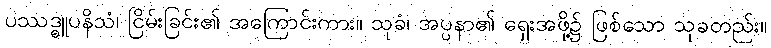
ပဿဒ္ဓူပနိသံ၊ ငြိမ်းခြင်း၏ အကြောင်းကား။ သုခံ၊ အပ္ပနာ၏ ရှေးအဖို့၌ ဖြစ်သော သုခတည်း။